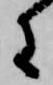
に